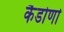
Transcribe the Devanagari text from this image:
कैडोर्णा